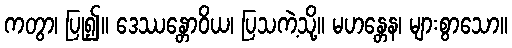
ကတွာ၊ ပြု၍။ ဒေဿန္တောဝိယ၊ ပြသကဲ့သို့။ မဟန္တေန၊ များစွာသော။